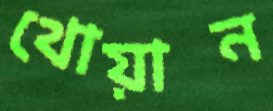
থোয়ান